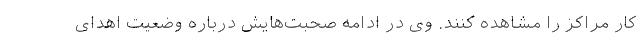
کار مراکز را مشاهده کنند. وی در ادامه صحبت‌هایش درباره وضعیت اهدای